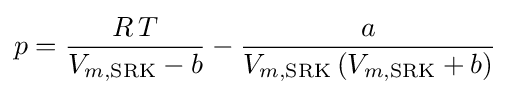
p={\frac {R\,T}{V_{m,{\text{SRK}}}-b}}-{\frac {a}{V_{m,{\text{SRK}}}\left(V_{m,{\text{SRK}}}+b\right)}}